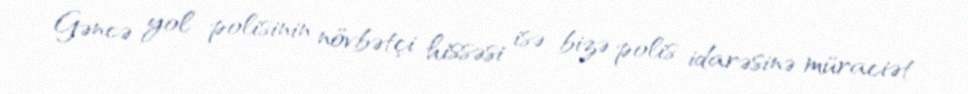
Gəncə yol polisinin növbətçi hissəsi isə bizə polis idarəsinə müraciət